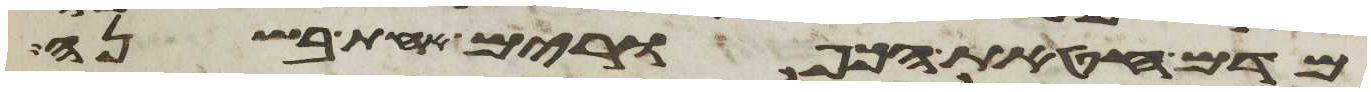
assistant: מדם חטאת הכפורים אחת בשנה